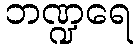
ဘဏ္ဍရေ